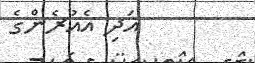
އަދި އެއުރެންގެ